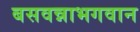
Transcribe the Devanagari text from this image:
बसवन्नाभगवान